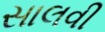
સાલવી